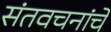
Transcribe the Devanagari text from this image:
संतवचनांचे